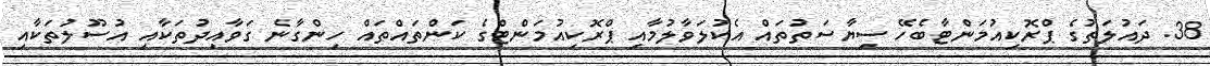
38. ދައުލަތުގެ ޕްރޮކިއުމަންޓާބެހޭ ސިޔާސަތުތައް އެކުލަވާލުމާއި ޕްރޮކިއުމަންޓްގެ ކަންތައްތައް ހިންގާނެ ގަވާއިދުތަކާއި އުސޫލުތަކާއި